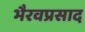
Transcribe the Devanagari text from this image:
भैरवप्रसाद